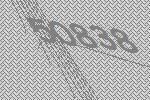
50838